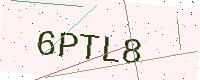
Text: 6PTL8